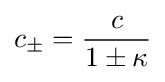
c_{\pm }={\frac {c}{1\pm \kappa }}